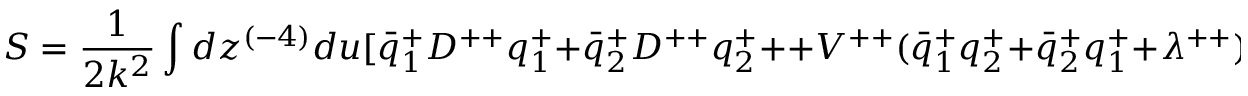
S = { \frac { 1 } { 2 k ^ { 2 } } } \int d z ^ { ( - 4 ) } d u [ \bar { q } _ { 1 } ^ { + } D ^ { + + } q _ { 1 } ^ { + } + \bar { q } _ { 2 } ^ { + } D ^ { + + } q _ { 2 } ^ { + } + + V ^ { + + } ( \bar { q } _ { 1 } ^ { + } q _ { 2 } ^ { + } + \bar { q } _ { 2 } ^ { + } q _ { 1 } ^ { + } + \lambda ^ { + + } ) ] \qquad .